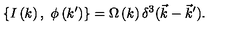
\{ I \left( k \right) , \ \phi \left( k ^ { \prime } \right) \} = \Omega \left( k \right) \delta ^ { 3 } ( \vec { k } - \vec { k } ^ { \prime } ) .